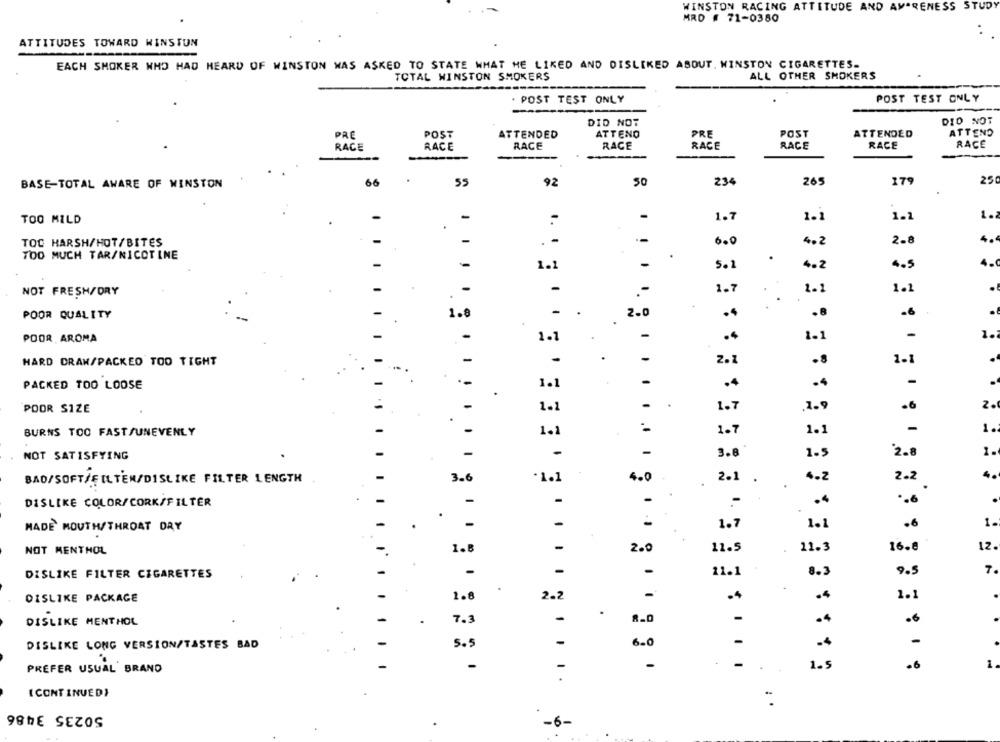
WINSTON RACING ATTITUDE AND AWARENESS STUDY
MRD # 71-0380
ATTITUDES TOWARD WINSTUN
EACH SMOKER WHO HAD HEARD OF WINSTON WAS ASKED TO STATE WHAT HE LIKED AND DISLIKED ABOUT. WINSTON CIGARETTES.
ALL OTHER SMOKERS
TOTAL WINSTON SMOKERS
. POST TEST ONLY
POST TEST ONLY
DID NOT
DID NOT
PRE
POST
ATTEND
PRE
POST
ATTENDED
ATTEND
ATTENDED
RACE
RACE
RACE
RACE
RACE
RACE
RACE
RACE
BASE-TOTAL AWARE OF WINSTON
66
55
92
50
234
265
279
25
1.2
1.2
TOO MILD
-
1 .
1.7
1.1
.
TOC HARSH/HOT/BITES
-
-
-
6.0
4.2
2.8
4.
TOO MUCH TAR/NICOTINE
-
1.1
-
5.1
4.2
4.5
4.
1.7
1.1
1.2
NOT FRESH/DRY
.
-
-
.-
- .
POOR QUALITY
1.8
2.0
.4
.8
.6
POOR AROMA
1.1
-
.4
1.1
-
.
HARD DRAN/PACKED TOO TIGHT
-
-
-
2.1
1-1
.
PACKED TOO LOOSE
-
.4
.4
-
!
.
1.1
POOR SIZE
-
-
1.7
.1.9
.6
2.
1-1
-
1.
BURNS TOO FASTSUNEVENLY
1.2
..
1.7
1.1
-
1.
NOT SATISFYING
-
3.8
1.5
2.8
BAD/SOFT/FILTER/DISLIKE FILTER LENGTH
3.6
·1.1
4.0
2.1 .
4.2
2.2
..
DISLIKE COLOR/CORK/FILTER
-
-
.4
-
.
MADE MOUTH/THROAT DRY
-
1.7
1.1
.6
1.
-
2.0
11.5
11.3
16.8
12.
NOT MENTHOL
1.8
7.
DISLIKE FILTER CIGARETTES
-
-
11.1
8.3
DISLIKE PACKAGE
1.8
2.2
.4
1.1
.
DISLIKE MENTHOL
7.3
-
.4
.6
DISLIKE LONG VERSION/TASTES BAD
5.5
6.0
-
.4
-
-
-
-
.
1.5
.6
1.
PREFER USUAL BRAND
[ CONTINUED)
: .
50235 3486
-6-